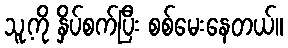
သူ့ကို နှိပ်စက်ပြီး စစ်မေးနေတယ်။